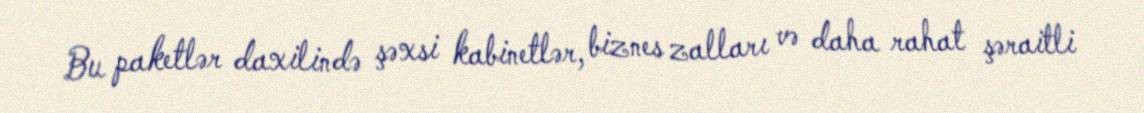
Bu paketlər daxilində şəxsi kabinetlər, biznes zalları və daha rahat şəraitli